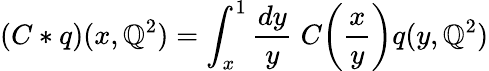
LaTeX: (C*q)(x,\mathbb{Q}^{2})=\int_{x}^{1}\frac{{dy}}{{y}}\; C\! \left(\frac{{x}}{{y}}\right)q(y,\mathbb{Q}^{2})